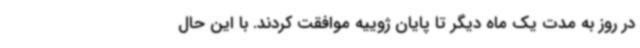
در روز به مدت یک ماه دیگر تا پایان ژوییه موافقت کردند. با این حال